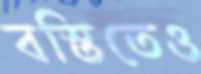
বস্তিতেও